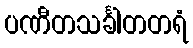
ပဏီတသင်္ခါတတရံ